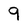
Character: 9